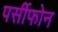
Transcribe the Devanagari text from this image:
पर्सीफोन